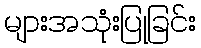
များအသုံးပြုခြင်း